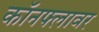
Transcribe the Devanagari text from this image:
कॉनफ्लावर